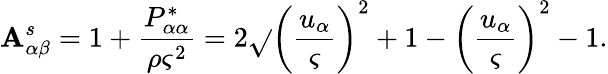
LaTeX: \mathbf{A}_{\alpha\beta}^{s}=1+\frac{{P_{\alpha\alpha}^{*}}}{{\rho\varsigma^{2}}}=2\sqrt{}{{{\left(\frac{{u_{\alpha}}}{{\varsigma}}\right)}^{2}+1}}-{\left(\frac{{u_{\alpha}}}{{\varsigma}}\right)}^{2}-1.